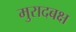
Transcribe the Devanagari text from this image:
मुरादबक्ष